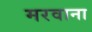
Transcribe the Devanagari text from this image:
मरवाना